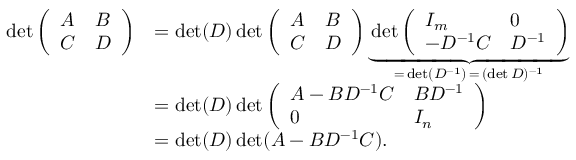
{ \begin{array} { r l } { \operatorname* { d e t } { \left( \begin{array} { l l } { A } & { B } \\ { C } & { D } \end{array} \right) } } & { = \operatorname* { d e t } ( D ) \operatorname* { d e t } { \left( \begin{array} { l l } { A } & { B } \\ { C } & { D } \end{array} \right) } \underbrace { \operatorname* { d e t } { \left( \begin{array} { l l } { I _ { m } } & { 0 } \\ { - D ^ { - 1 } C } & { D ^ { - 1 } } \end{array} \right) } } _ { = \, \operatorname* { d e t } ( D ^ { - 1 } ) \, = \, ( \operatorname* { d e t } D ) ^ { - 1 } } } \\ & { = \operatorname* { d e t } ( D ) \operatorname* { d e t } { \left( \begin{array} { l l } { A - B D ^ { - 1 } C } & { B D ^ { - 1 } } \\ { 0 } & { I _ { n } } \end{array} \right) } } \\ & { = \operatorname* { d e t } ( D ) \operatorname* { d e t } ( A - B D ^ { - 1 } C ) . } \end{array} }